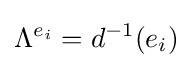
\Lambda ^{e_{i}}=d^{-1}(e_{i})